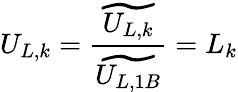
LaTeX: U_{L,k}=\frac{\widetilde{U_{L,k}}}{\widetilde{U_{L,1B}}}=L_{k}